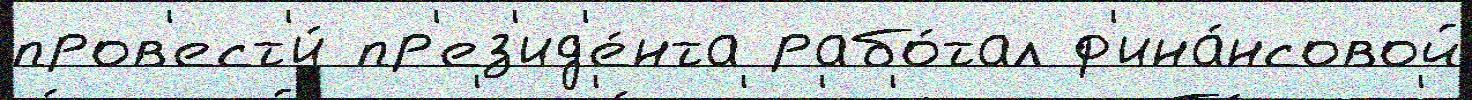
пров'ест'и́ пр'ез'ид'е́нта рабо́тал ф'ина́нсовой